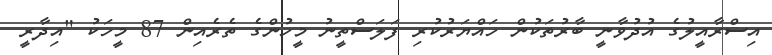
އިސްރާއީލުގެ އުދުވާނީ ބާރުތަކުން ހައްޔަރުކުރި ފަލަސްތީނު މީހުންގެ ތެރެއިން 87 މީހަކު "އިދާރީ